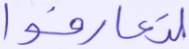
لتعارفوا